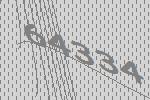
64334